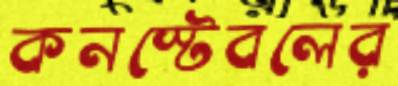
কনস্টেবলের